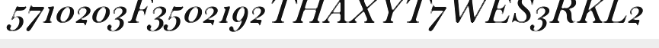
5710203F3502192THAXYT7WES3RKL2